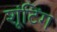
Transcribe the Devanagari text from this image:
शूंटिंग